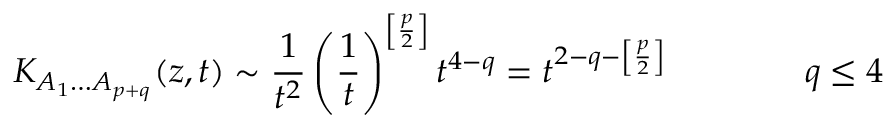
K _ { A _ { 1 } \ldots A _ { p + q } } ( z , t ) \sim \frac { 1 } { t ^ { 2 } } \left( \frac { 1 } { t } \right) ^ { \left[ \frac { p } { 2 } \right] } t ^ { 4 - q } = t ^ { 2 - q - \left[ \frac { p } { 2 } \right] } \qquad \qquad q \leq 4